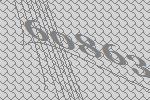
60863